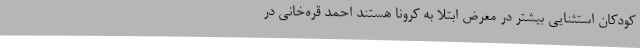
کودکان استثنایی بیشتر در معرض ابتلا به کرونا هستند احمد قره‌خانی در